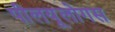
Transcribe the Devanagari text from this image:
पीलयूलोगस